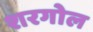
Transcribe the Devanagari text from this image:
शरगोल